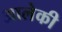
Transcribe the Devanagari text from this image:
आलेकी